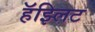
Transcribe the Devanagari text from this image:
हॅझ्लिट